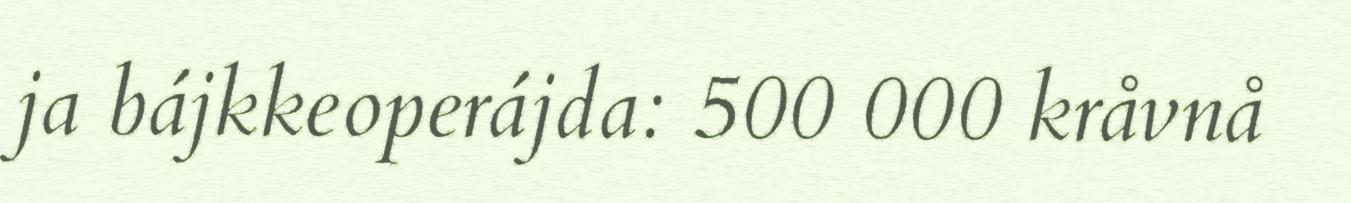
ja bájkkeoperájda: 500 000 kråvnå